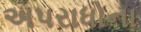
અપરાધોના